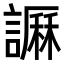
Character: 𧬎